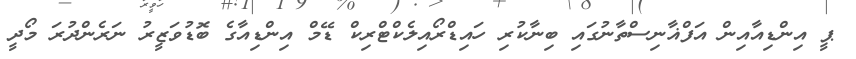
ޕީ އިންޑިއާއިން އަފްޣާނިސްތާނުގައި ބިނާކުރި ހައިޑްރޯއިލެކްޓްރިކް ޑޭމް އިންޑިއާގެ ބޮޑުވަޒީރު ނަރެންދުރަ މޯދީ